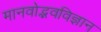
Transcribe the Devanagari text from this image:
मानवोद्भवविज्ञान